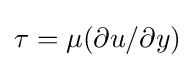
\tau =\mu (\partial u/\partial y)